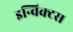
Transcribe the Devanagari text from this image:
इन्विक्टस